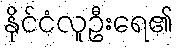
နိုင်ငံလူဦးရေ၏